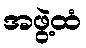
အဖွဲ့ထံ